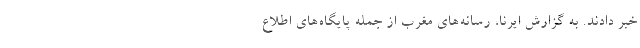
خبر دادند. به گزارش ایرنا، رسانه‌های مغرب از جمله پایگاه‌های اطلاع